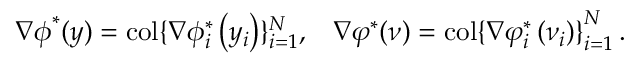
\begin{array} { l l } { \nabla \boldsymbol { \phi } ^ { * } ( \boldsymbol { y } ) = \operatorname { c o l } \{ { \nabla \phi _ { i } ^ { * } } \left( y _ { i } \right) \} _ { i = 1 } ^ { N } , } & { \nabla \boldsymbol { \varphi } ^ { * } ( \boldsymbol { \nu } ) = \operatorname { c o l } \{ \nabla \varphi _ { i } ^ { * } \left( \nu _ { i } ) \right\} _ { i = 1 } ^ { N } . } \end{array}